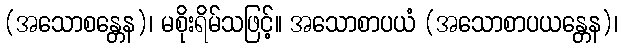
(အသောစန္တေန)၊ မစိုးရိမ်သဖြင့်။ အသောစာပယံ (အသောစာပယန္တေန)၊